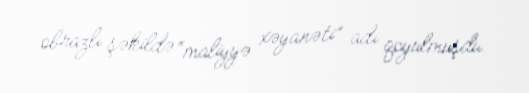
obrazlı şəkildə “maliyyə xəyanəti” adı qoyulmuşdu.